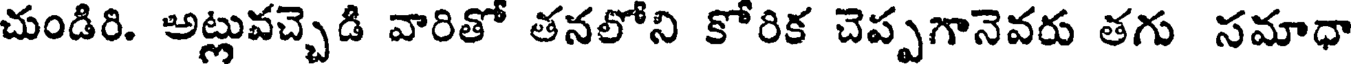
చుండిరి. అట్లువచ్చెడి వారితో తనలోని కోరిక చెప్పగానెవరు తగు సమాధా